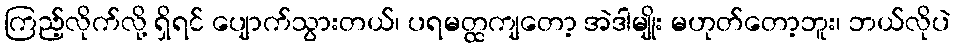
ကြည့်လိုက်လို့ ရှိရင် ပျောက်သွားတယ်၊ ပရမတ္ထကျတော့ အဲဒါမျိုး မဟုတ်တော့ဘူး၊ ဘယ်လိုပဲ